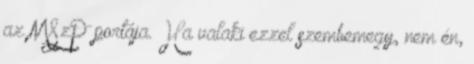
az MSzP portája. Ha valaki ezzel szembemegy, nem én,